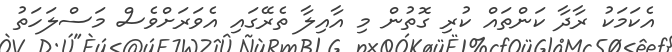
އެކަމަކު ރާދާ ކަންތައް ކުރި ގޮތުން މި އާއިލާ ތެރޭގައި އެވަރަށްވެސް މަސްލަހަތު